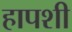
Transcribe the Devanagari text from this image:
हापशी